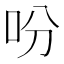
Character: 吩